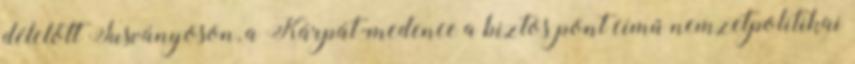
délelőtt Tusványoson, a Kárpát-medence a biztos pont című nemzetpolitikai